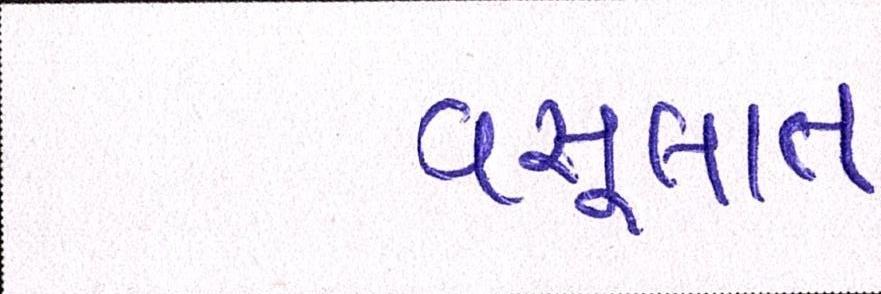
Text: વસૂલાત